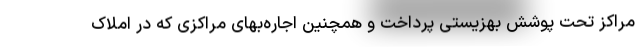
مراکز تحت پوشش بهزیستی پرداخت و همچنین اجاره‌بهای مراکزی که در املاک